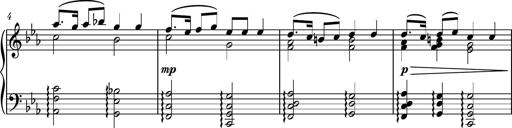
Title: Piano Sonatina No.8
Composer: Dimitri Sykias
Key: F major